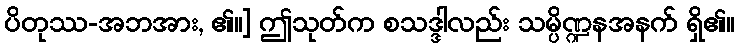
ပိတုဿ-အဘအား, ၏။] ဤသုတ်က စသဒ္ဒါလည်း သမ္ပိဏ္ဍနအနက် ရှိ၏။